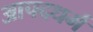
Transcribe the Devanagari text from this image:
आपदधर्म